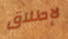
لإطلاق